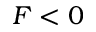
F < 0